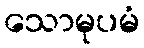
သောမုပမံ